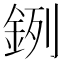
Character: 𨦙